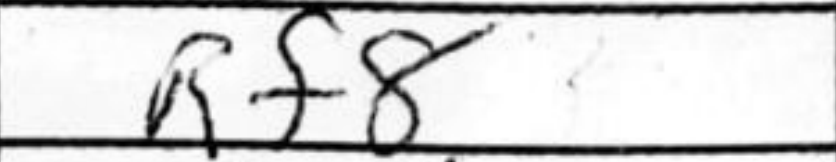
Transcription: Rf8